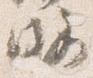
略